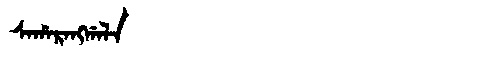
Manchu: ᠰᠠᡥᠠᡵᠠᠩᡤᠠᠯᠠ
Romanization: SAHARANGGALA